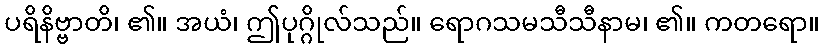
ပရိနိဗ္ဗာတိ၊ ၏။ အယံ၊ ဤပုဂ္ဂိုလ်သည်။ ရောဂသမသီသီနာမ၊ ၏။ ကတရော။